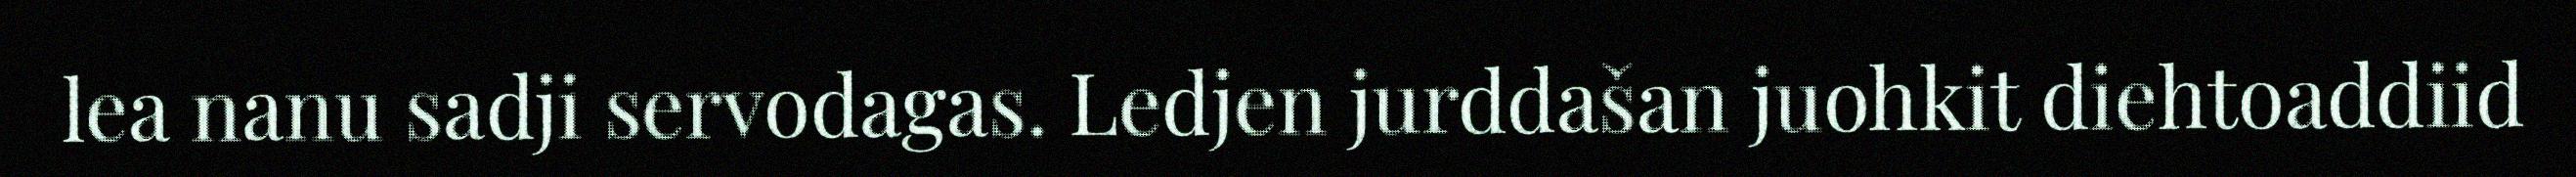
lea nanu sadji servodagas. Ledjen jurddašan juohkit diehtoaddiid